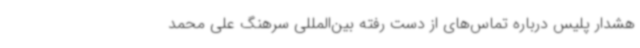
هشدار پلیس درباره تماس‌های از دست رفته بین‌المللی سرهنگ علی‌ محمد